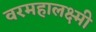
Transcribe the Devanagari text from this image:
वरमहालक्ष्मी